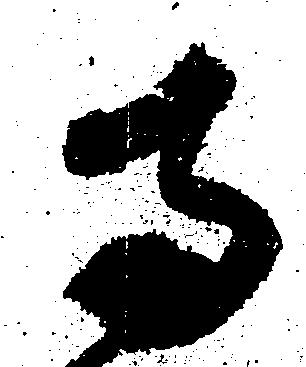
両